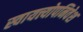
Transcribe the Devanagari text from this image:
स्वायत्त्योपनिवेश